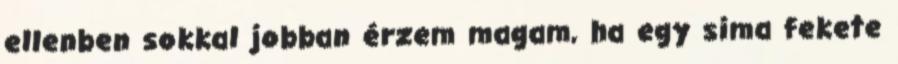
ellenben sokkal jobban érzem magam, ha egy sima fekete